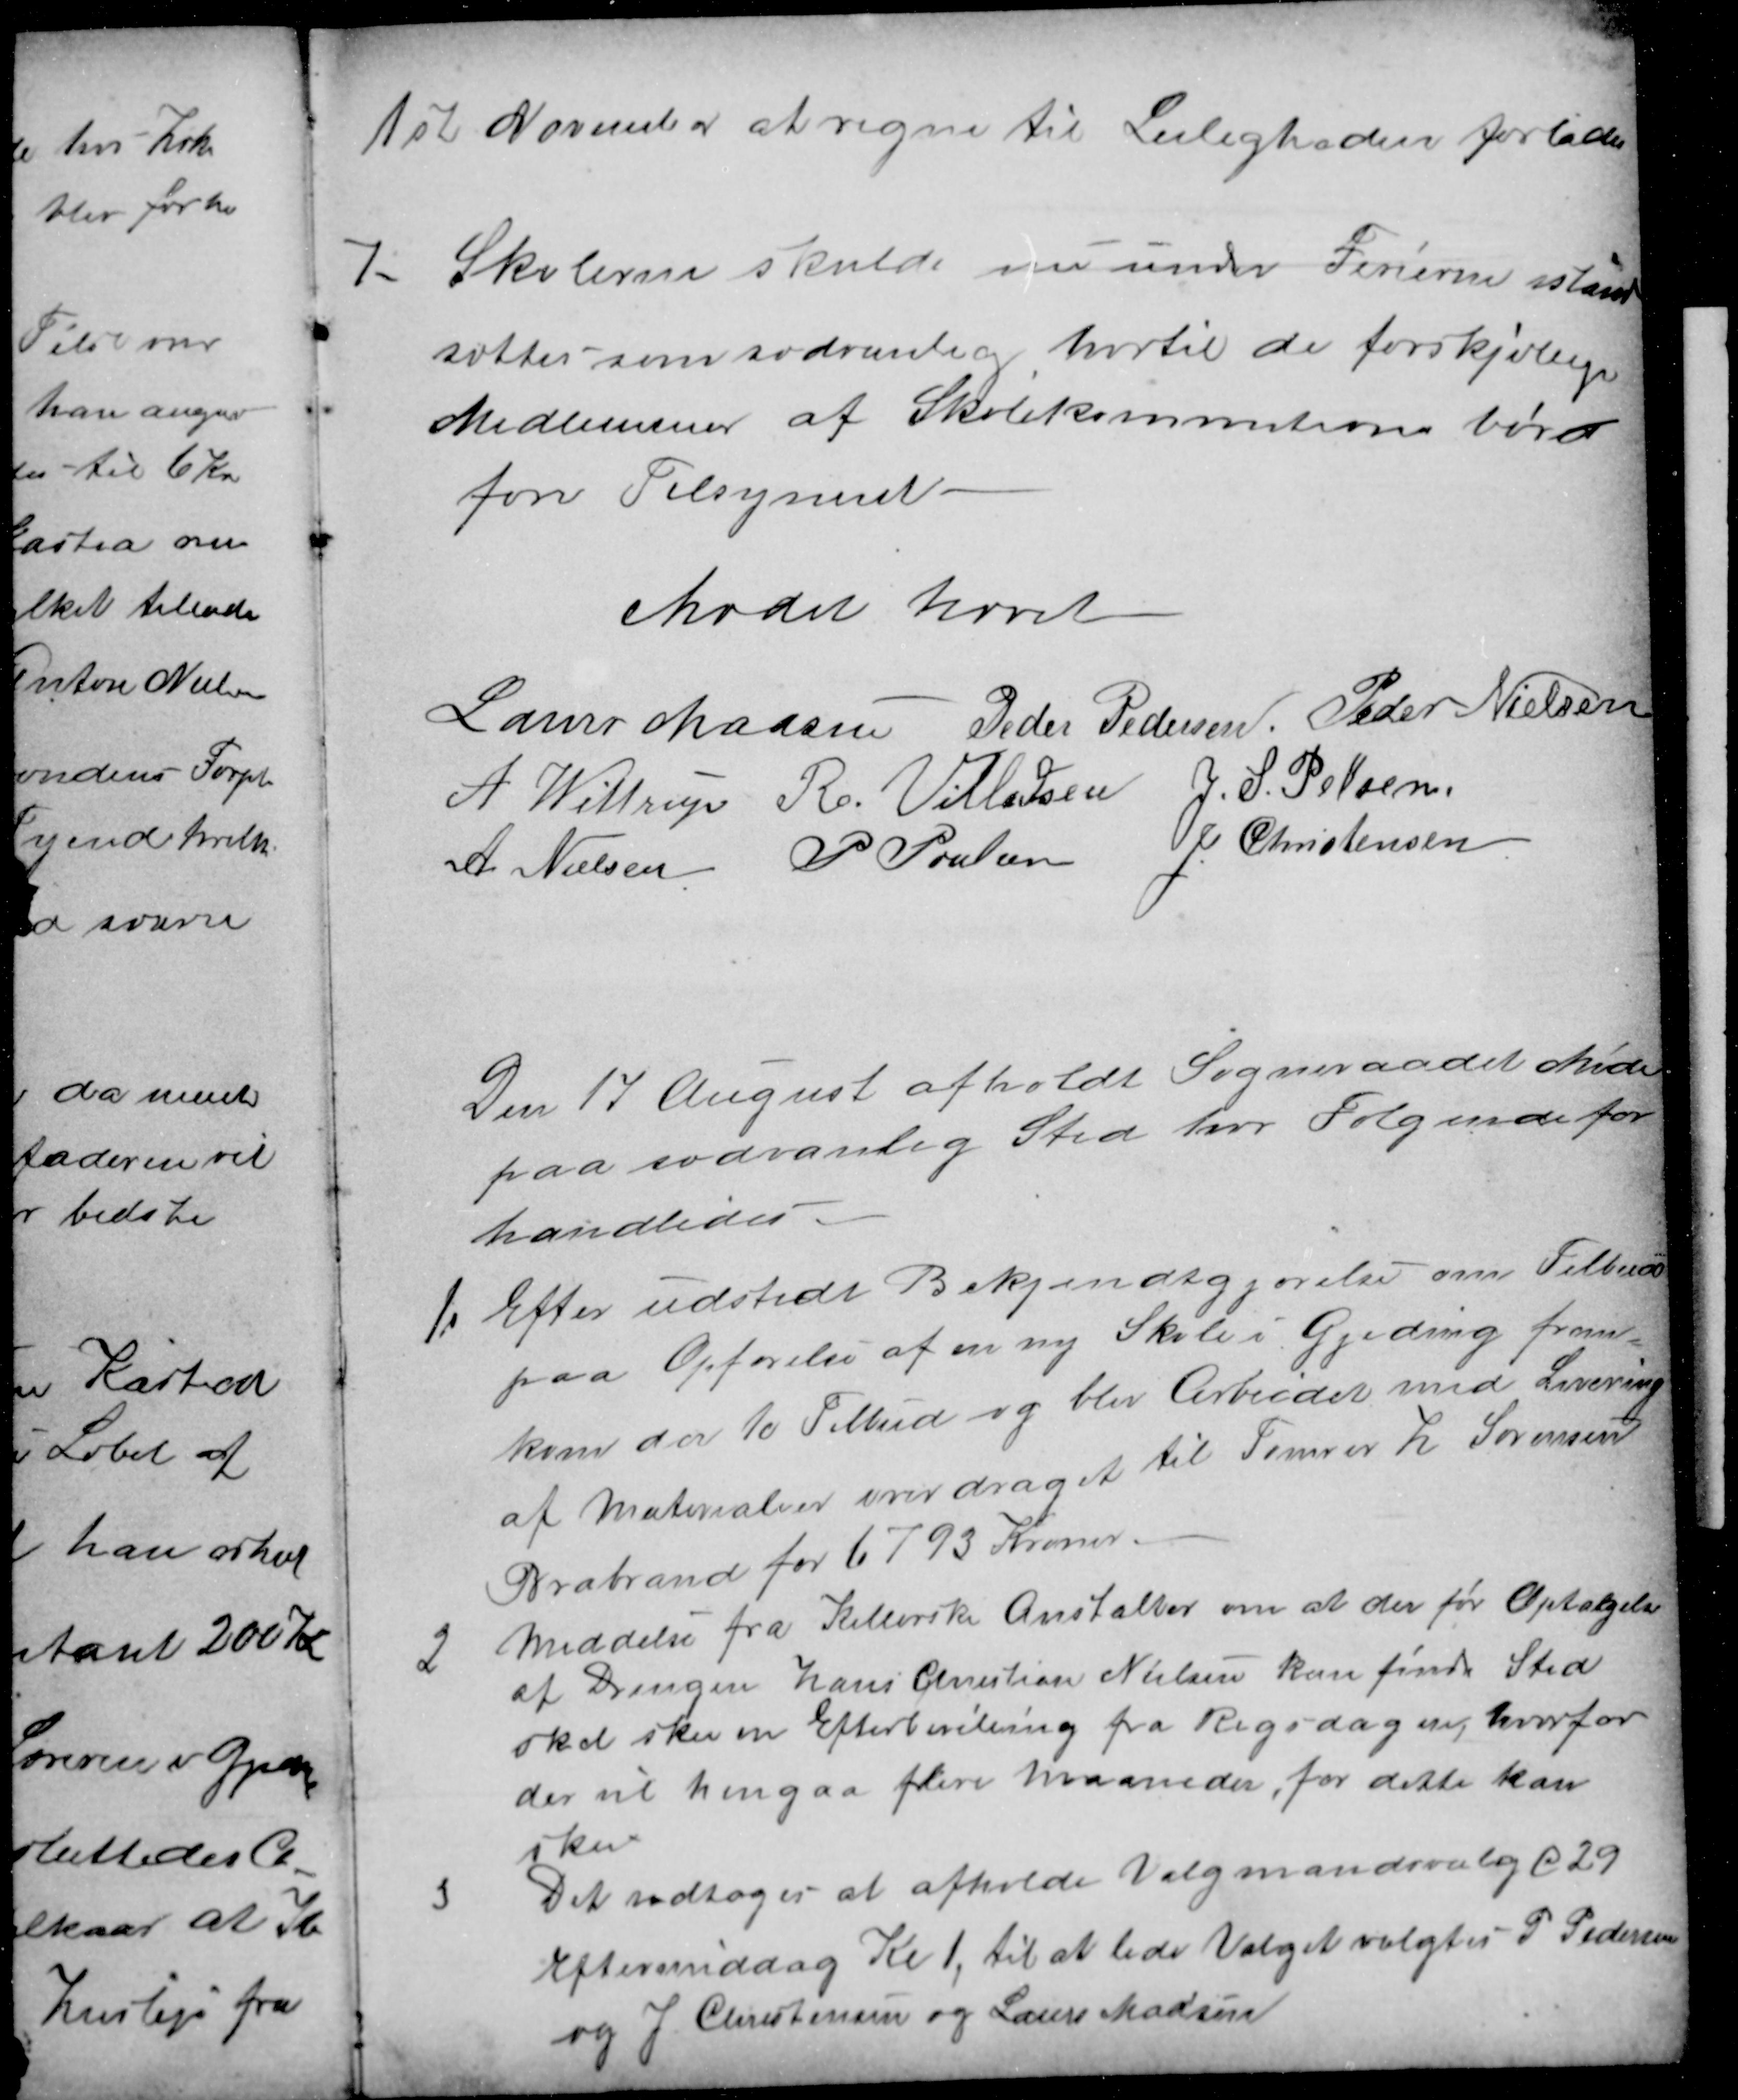
Transskription:
1 st November at regne til Leiligheden forlades
7.
Skolerne skulde nu under Ferierne istand
sættes som sædvanlig hvortil de forskjellige
Medlemmer af Skolekommitionen bør
føre Tilsynet
Mødet hævet
Laurs Madsen Peder Pedersen Peder Nielsen
A Wittrup R. Villadsen J. S. Pelsen
A Nielsen P Poulsen J. Christensen
Den 17 August afholdt Sogneraadet Møde
paa sædvanlig Sted hvor Følgende for
handledes
1.
Efter udstedt Bekjendtgjørelse om Tilbud
paa Opførelse af en ny Skole i Gjeding frem-
kom der 10 Tilbud og blev Arbeidet med Levering
af Materialier overdraget til Tømrer H Sørensen
Brabrand for 6793 Kroner.
2
Meddelse fra Kellerske Anstalter om at der før Optagelse
af Drengen Hans Christian Nielsen kan finde Sted
skal ske en Efterbevilling fra Rigsdagen, hvorfor
der vil hengaa flere Maaneder, før dette kan
ske
3
Det vedtoges at afholde Valgmandsvalg d 29
Eftermiddag Kl 1, til at lede Valget valgtes P Pedersen
og J Christensen og Laurs Madsen